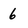
Character: 6